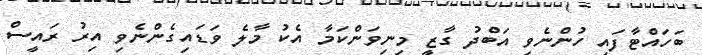
ބަހައްޓާފައި ހުންނެވި އަބްދު ގާޒީ މިނިވަންކަމާ އެކު މާލެ ވަޑައިގެންނެވި އިރު ރައީސް